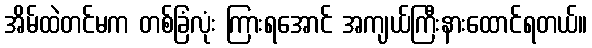
အိမ်ထဲတင်မက တစ်ခြံလုံး ကြားရအောင် အကျယ်ကြီးနားထောင်ရတယ်။